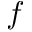
f